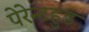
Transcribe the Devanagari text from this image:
पेरेन्टहुड